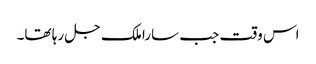
اس وقت جب سارا ملک جل رہا تھا۔